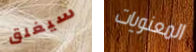
سيغلق المعنويات